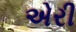
એરી